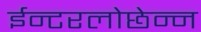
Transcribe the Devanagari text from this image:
ईन्टरलोछेन्न